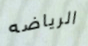
الرياضه